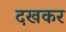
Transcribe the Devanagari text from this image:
दखकर